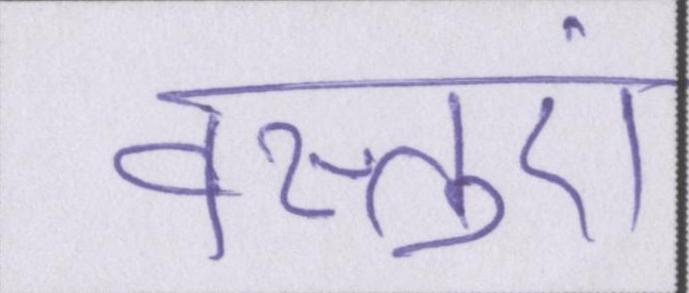
वस्तुएं